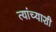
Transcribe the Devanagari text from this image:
त्‍यांच्‍याशी